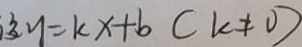
y = k x + b ( k \neq 0 )